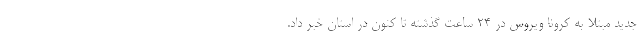
جدید مبتلا به کرونا ویروس در 24 ساعت گذشته تا کنون در استان خبر داد.